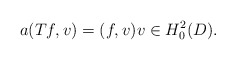
\begin{align*}a(Tf, v) = (f, v) v \in H_0^2(D).\end{align*}